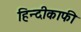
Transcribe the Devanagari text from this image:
हिन्दीकाफी